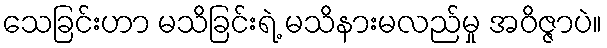
သေခြင်းဟာ မသိခြင်းရဲ့ မသိနားမလည်မှု အဝိဇ္ဇာပဲ။